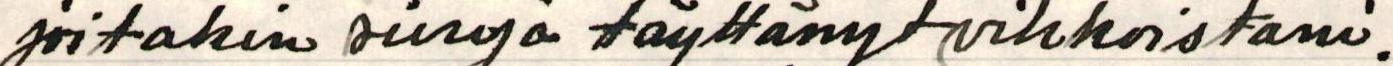
joitakin sivuja täyttänyt vihkoistani.